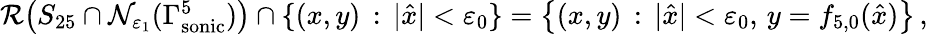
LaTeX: \begin{array}{r}{\mathcal{R}\big(S_{25}\cap\mathcal{N}_{\varepsilon_{1}}(\Gamma_{\mathrm{sonic}}^{5})\big)\cap\{ (x,y)\, :\, |\hat{x}|<\varepsilon_{0}\} =\big\{ (x,y)\, :\, |\hat{x}|<\varepsilon_{0},\, y={f}_{5,0}(\hat{x})\big\} \, ,}\end{array}